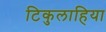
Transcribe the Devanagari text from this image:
टिकुलाहिया